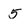
Character: 5